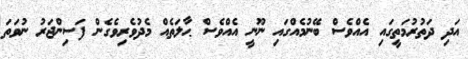
އަދި ދަތުރުމަތީގައި އެއްވެސް ބޭނުމެއްގައި ނޫނީ އެއްވެސް ޙާލަތެއް މެދުވެރިވެގެން ފަސިންޖަރު ނުވަތަ